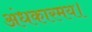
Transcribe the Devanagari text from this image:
अंधकारमय।